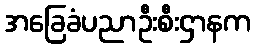
အခြေခံပညာဦးစီးဌာနက